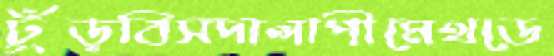
ঢুঁড়বিসদালাপীমেথডে